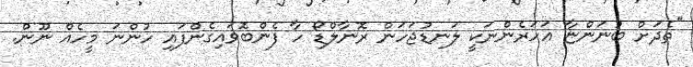
"ތެދަށް ބުނަންޏާ އަހަރެންނަކީ ލަނޑުޖަހަން ރޮނާލްޑޯ ހާ ފެންބޮވައިގެންފައި ހުންނަ މީހެއް ނޫން.